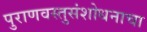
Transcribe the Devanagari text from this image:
पुराणवस्तुसंशोधनाचा